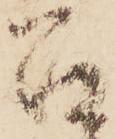
召